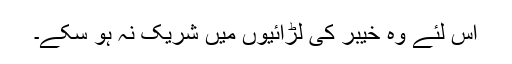
اس لئے وہ خیبر کی لڑائیوں میں شریک نہ ہو سکے۔